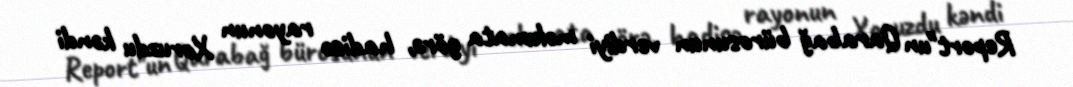
Report"un Qarabağ bürosunun verdiyi məlumata görə, hadisə rayonun Xoruzdu kəndi